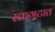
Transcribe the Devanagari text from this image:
रक्तगटात